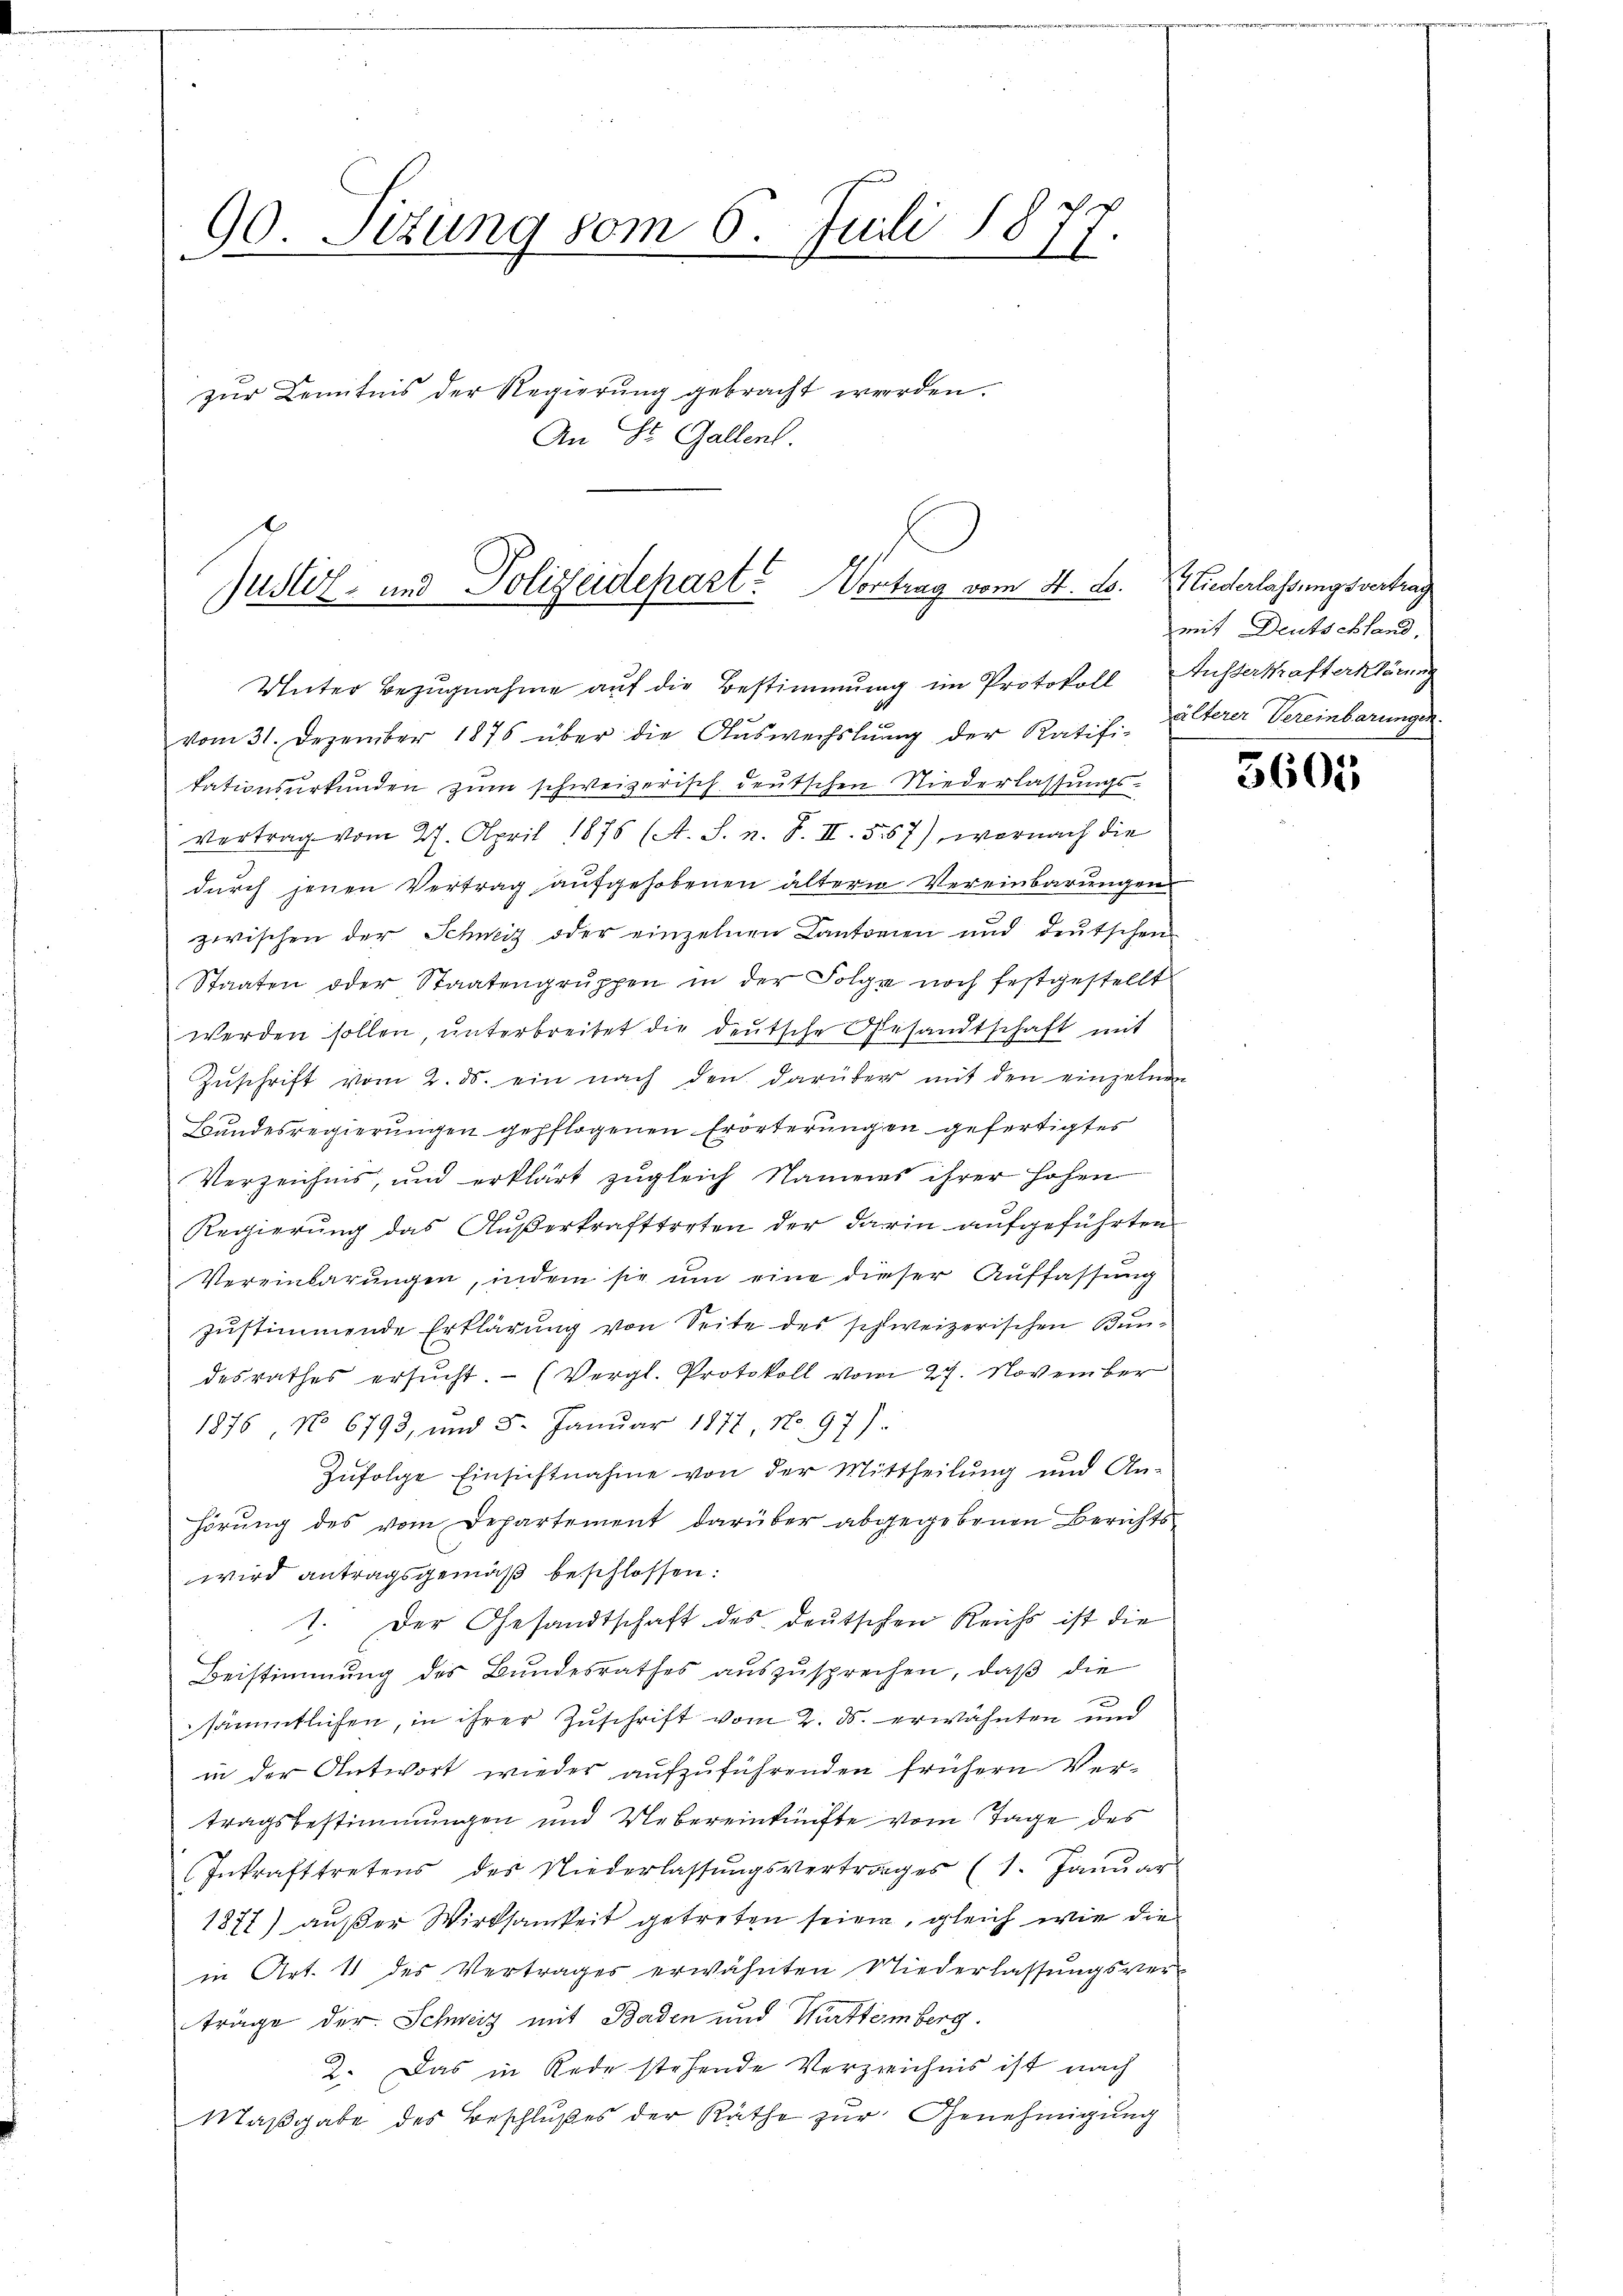
90. Sizung vom 6. Juli 1877.
zur Kenntnis der Regierung gebracht werden.
An St. Gallen.

Justiz- und Polizeidepart. Vortrag vom 4. ds. Wiederlassungsvertrag

Unter Bezugnahme auf die Bestimmung im Protokoll Ausserkrafterklärung
vom 31. Dezember 1876 über die Aŭswechslung der Ratifi-
tationsurkunden zum schweizerisch deutschen Niederlassungs¬
Vertrag vom 27. April 1875 (A. S. n. F. II. 557), wornach die
durch jenen Vertrag aufgehobenen ältern Vereinbarungen
zwischen der Schweiz oder einzelnen Cantonien und deutschen
Staaten oder Staatengruppen in der Folge noch festgestellt
werden sollen, unterbreitet die deutsche Gesandtschaft mit
Zŭschrift vom 2. ds. ein nach den darüber mit den einzelnen
Bundesregierungen gepflogenen Erörterungen gefertigtes
Verzeichnis, und erklärt zŭgleich Namens ihrer hohen
Regierung das Außerkrafttreten der darin aufgeführten
Vereinbarungen, indem sie um eine dieser Auffassung
zustimmende Erklärung von Seite des schweizerischen Bundesrathes ersŭcht. - (Vergl. Protokoll vom 27. November
1876, No 6793, und 5. Januar 1877, No. 97)
Zufolge Einsichtnahme von der Mittheilung und An-
hörŭng des vom Departement darüber abgegebenen Berichts-
wird antragsgemäß beschlossen:
1. Der Gesandtschaft des deutschen Reichs ist die
Beistimmung des Bundesrathes auszusprechen, daß die
sämmtlichen, in ihrer Zuschrift vom 2. ds. erwähnten und
in der Antwort wieder aufzuführenden frühern Vertragsbestimmungen und Uebereinkünfte vom Tage des
Inkrafttretens des Niederlassungsvertrages (1. Januar
1877) außer Wirksamkeit getreten seien, gleich wie die
in Art. 11 des Vertrages erwähnten Niederlassungsver-
träge der Schweiz mit Baden und Württemberg
2. Das in Rede stehende Verzeichnis ist nach
Maßgabe des Beschlußes der Räthe zur Genehmigung

mit Deutschland,
älterer Vereinbarungen.

5605